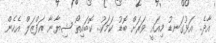
އާދެ.. އަޅުގަނޑު މިއައީ ވަރަށް ބޮޑު ކަމަކު.. ކޮބައިތޯ ޝިޔާނާ އަފްޒަލް އެހެން